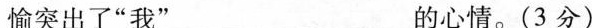
愉突出了“我”___ 的心情。（3分）